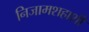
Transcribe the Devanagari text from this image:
निजामशहाशी